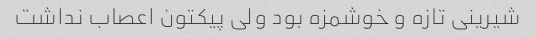
شیرینی تازه و خوشمزه بود ولی پیکتون اعصاب نداشت